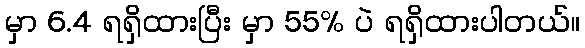
မှာ 6.4 ရရှိထားပြီး မှာ 55% ပဲ ရရှိထားပါတယ်။